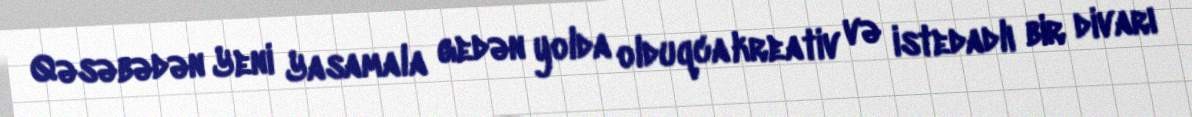
Qəsəbədən Yeni Yasamala gedən yolda olduqca kreativ və istedadlı bir divarı